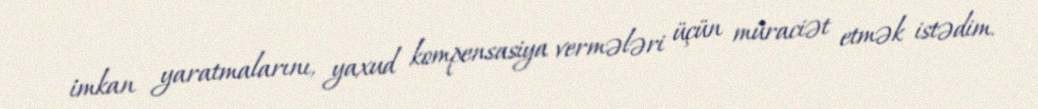
imkan yaratmalarını, yaxud kompensasiya vermələri üçün müraciət etmək istədim.